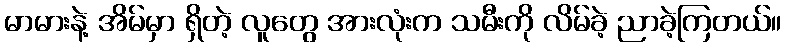
မာမားနဲ့ အိမ်မှာ ရှိတဲ့ လူတွေ အားလုံးက သမီးကို လိမ်ခဲ့ ညာခဲ့ကြတယ်။